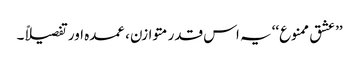
’’عشق ممنوع‘‘ یہ اس قدر متوازن، عمدہ اور تفصیلاً۔